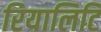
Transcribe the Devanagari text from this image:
रियालिटि